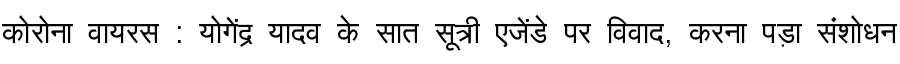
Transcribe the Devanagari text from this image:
कोरोना वायरस : योगेंद्र यादव के सात सूत्री एजेंडे पर विवाद, करना पड़ा संशोधन